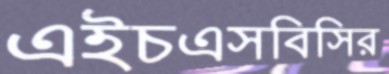
এইচএসবিসির